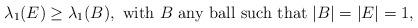
LaTeX: \begin{align*}\lambda_1(E)\ge \lambda_1(B),\mbox{ with }B \mbox{ any ball such that } |B|=|E|=1, \end{align*}